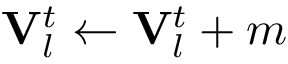
\mathbf { V } _ { l } ^ { t } \gets \mathbf { V } _ { l } ^ { t } + m